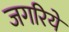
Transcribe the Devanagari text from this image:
जगरिये